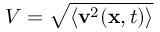
V = \sqrt { \langle \mathbf { v } ^ { 2 } ( \mathbf { x } , t ) \rangle }